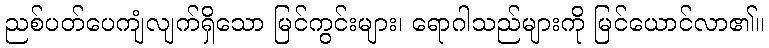
ညစ်ပတ်ပေကျံလျက်ရှိသော မြင်ကွင်းများ၊ ရောဂါသည်များကို မြင်ယောင်လာ၏။